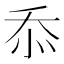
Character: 忝